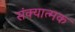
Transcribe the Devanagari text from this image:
संक्यात्मक